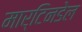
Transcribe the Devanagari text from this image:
मार्टिनडेल